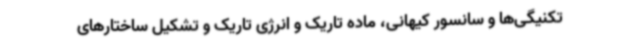
تکنیگی‌ها و سانسور کیهانی، ماده تاریک و انرژی تاریک و تشکیل ساختارهای